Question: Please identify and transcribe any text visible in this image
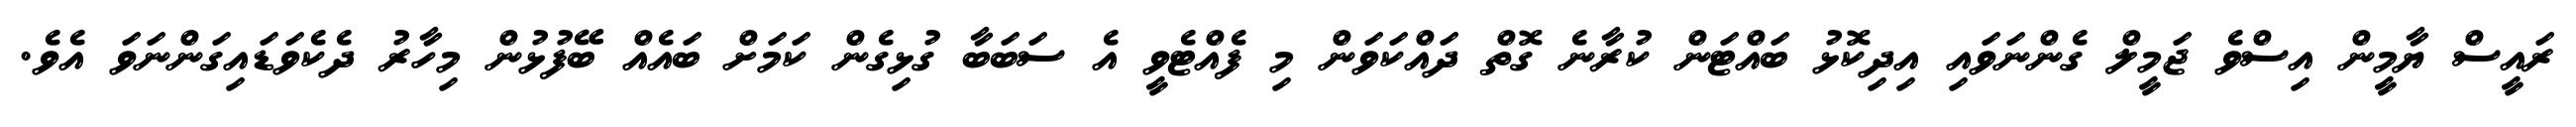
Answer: ރައީސް ޔާމީން އިސްވެ ޖަމީލް ގެންނަވައި އިދިކޮޅު ބައްޓަން ކުރާނެ ގޮތް ދައްކަވަން މި ފެއްޓެވީ އެ ސަބަބާ ގުޅިގެން ކަމަށް ބައެއް ބޭފުޅުން މިހާރު ދެކެވަޑައިގަންނަވަ އެވެ.